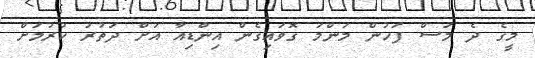
މީގެ ދެ މަސް ފަހުން މަންމަ ގޮވައިގެން އިންޑިއާ އަށް ދަތުރު ކުރުމަށް